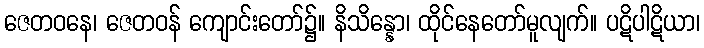
ဇေတဝနေ၊ ဇေတဝန် ကျောင်းတော်၌။ နိသိန္နော၊ ထိုင်နေတော်မူလျက်။ ပဋိပါဋိယာ၊